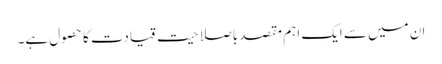
ان میں سے ایک اہم مقصد باصلاحیت قیادت کا حصول ہے۔